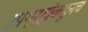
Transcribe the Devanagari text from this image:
उपग्रहांकडुनच